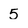
Character: 5